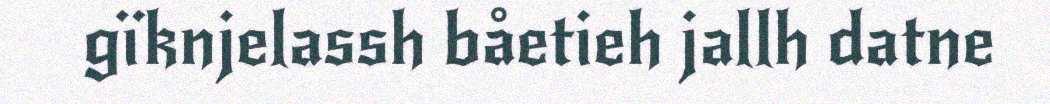
gïknjelassh båetieh jallh datne